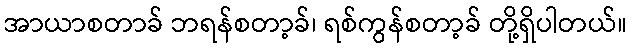
အာယာစတာခ် ဘရန်စတာ့ခ်၊ ရစ်ကွန်စတာ့ခ် တို့ရှိပါတယ်။